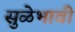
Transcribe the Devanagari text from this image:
सुळेभावी